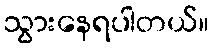
သွားနေရပါတယ်။